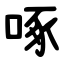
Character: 啄